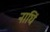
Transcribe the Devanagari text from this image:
नाघिं